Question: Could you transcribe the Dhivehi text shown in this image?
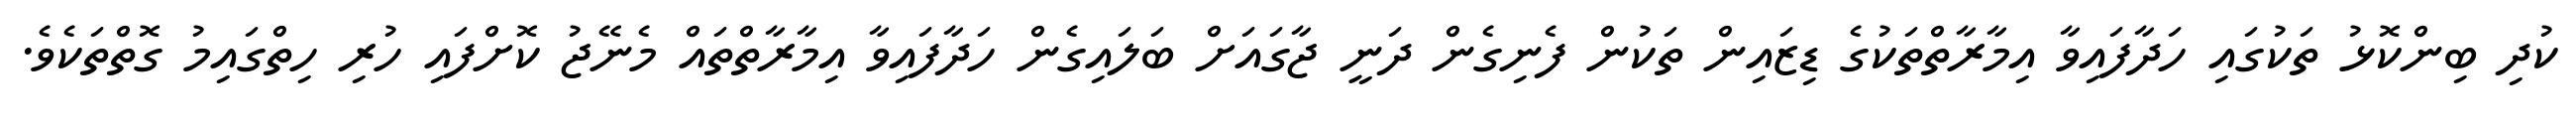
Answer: ކުދި ބިންކޮޅު ތަކުގައި ހަދާފައިވާ އިމާރާތްތަކުގެ ޑިޒައިން ތަކުން ފެނިގެން ދަނީ ޖާގައަށް ބަލައިގެން ހަދާފައިވާ އިމާރާތްތައް މެނޭޖު ކޮށްފައި ހުރި ހިތްގައިމު ގޮތްތަކެވެ.